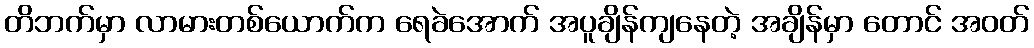
တိဘက်မှာ လာမားတစ်ယောက်က ရေခဲအောက် အပူချိန်ကျနေတဲ့ အချိန်မှာ တောင် အဝတ်